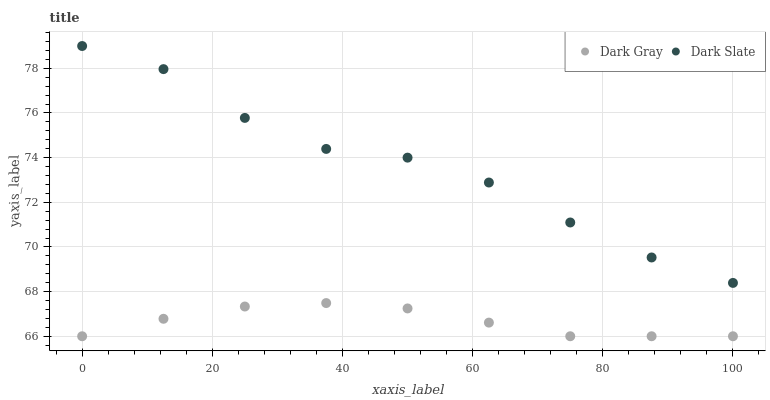
| xaxis_label | Dark Gray | Dark Slate |
 | --- | --- | --- |
 | 0 | 66 | 79 |
 | 12.5 | 66.8 | 78 |
 | 25 | 67.3 | 75.8 |
 | 37.5 | 67.5 | 74.4 |
 | 50 | 67.2 | 74 |
 | 62.5 | 66.6 | 72.9 |
 | 75 | 66 | 71.1 |
 | 87.5 | 66 | 69.5 |
 | 100 | 66 | 68.4 |